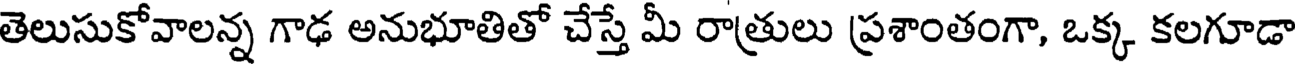
తెలుసుకోవాలన్న గాఢ అనుభూతితో చేస్తే మీ రాత్రులు ప్రశాంతంగా, ఒక్క కలగూడా